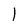
Character: l